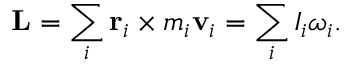
\mathbf { L } = \sum _ { i } \mathbf { r } _ { i } \times m _ { i } \mathbf { v } _ { i } = \sum _ { i } I _ { i } { \boldsymbol { \omega } } _ { i } .